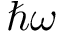
\hbar \omega